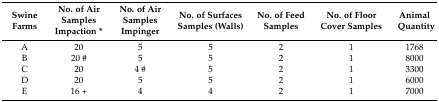
| Swine Farms | No. of Air Samples Impaction * | No. of Air Samples Impinger | No. of Surfaces Samples (Walls) | No. of Feed Samples | No. of Floor Cover Samples | Animal Quantity |
 | --- | --- | --- | --- | --- | --- | --- |
 | A | 20 | 5 | 5 | 2 | 1 | 1768 |
 | B | 20 # | 5 | 5 | 2 | 1 | 8000 |
 | C | 20 | 4 # | 5 | 2 | 1 | 3300 |
 | D | 20 | 5 | 5 | 2 | 1 | 6000 |
 | E | 16 + | 4 | 4 | 2 | 1 | 7000 |